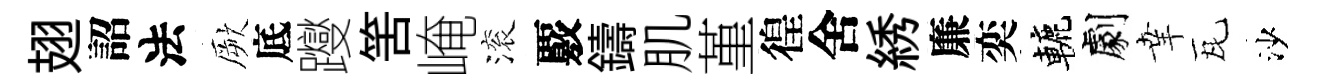
翅詔法厥底躞筈崦滚覈鑄肌堇徨舍綉廉奕轆劇𦍒瓦沙